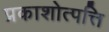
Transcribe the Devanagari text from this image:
प्रकाशोत्पत्ति